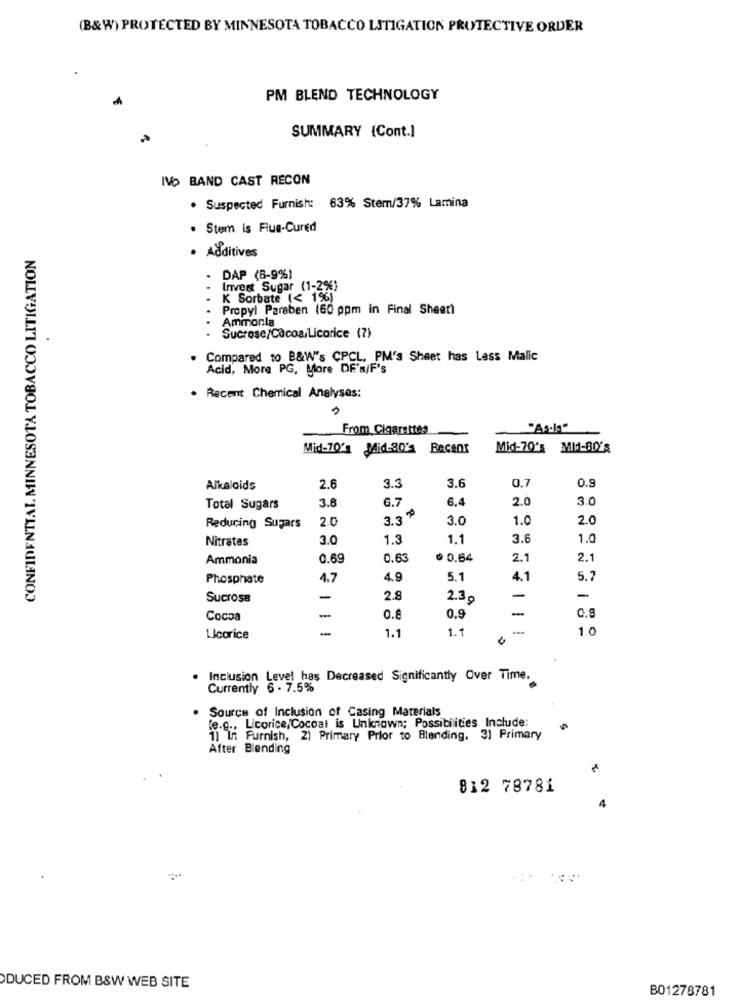
(B&W) PROTECTED BY MINNESOTA TOBACCO LITIGATION PROTECTIVE ORDER
PM BLEND TECHNOLOGY
SUMMARY {Cont.]
IVO BAND CAST RECON
· Suspected Furnish: 63% Stem/37% Lamina
· Stem is Flue-Cured
CONFIDENTIAL MINNESOTA TOBACCO LITIGATION
· Additives
DAP (6-9%)
Invest Sugar (1-2%)
K Sorbate (< 1%)
Propyl Paraben (60 ppm in Final Sheet)
Ammonla
Sucrose/Cacoa/Licorice (7)
Compared to B&W's CPCL, PM's Sheet has Less Malic
Acid, More PG, More DE's/F's
. Recent Chemical Analyses:
From Cigarettes
Mid-70's Mid-30' Recent
Mid-70's MId-80's
3.6
0.7
0.5
Alkaloids
2.6
3.3
3.8
6.7
6.4
2.0
3.0
Total Sugars
2.0
3.3
3.0
1.0
2.0
Reducing Sugars
Nitrates
3.0
1.3
1.1
3.6
1.0
Ammonia
0.69
0.63
0 0.64
2.1
2.1
Phosphate
4.7
4.9
5.1
4.1
5.7
Sucrose
-
2.9
2.3 g
-
-
Cocoa
0.8
0.9
-
0.8
1.1
1.1
1.0
Licorice
Inclusion Levet has Decreased Significantly Over Time.
Currently 6 - 7.5%
Source of Inclusion of Casing Materials
(e.g ., Licorice/Cocoal is Unknown; Possibilities Include:
1) In Furnish, 2) Primary Prior to Blending. 31 Primary
After Blending
812 78781
4
DUCED FROM B&W WEB SITE
B01278781